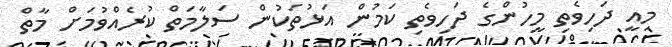
މިއީ ދަހިވެތި މީހުންގެ ދަހިވެތި ކަމުން އަޅުތަކުން ސަލާމަތް ކުރެއްވުމަށް މާތް